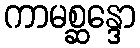
ကာမစ္ဆန္ဒော